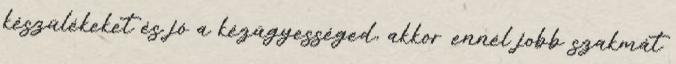
készülékeket és jó a kézügyességed, akkor ennél jobb szakmát